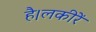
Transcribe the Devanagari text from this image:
है।लकीरें